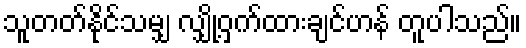
သူတတ်နိုင်သမျှ လျှို့ဝှက်ထားချင်ဟန် တူပါသည်။